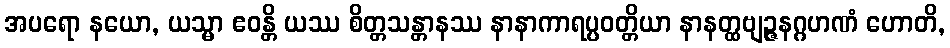
အပရော နယော, ယသ္မာ ဧဝန္တိ ယဿ စိတ္တသန္တာနဿ နာနာကာရပ္ပဝတ္တိယာ နာနတ္ထဗျဉ္ဇနဂ္ဂဟဏံ ဟောတိ,